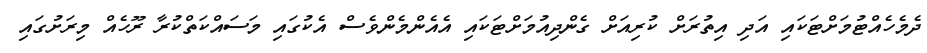
ދެމެހެއްޓުމަށްޓަކައި އަދި އިތުރަށް ކުރިއަށް ގެންދިއުމަށްޓަކައި އެއެންމެންވެސް އެކުގައި މަސައްކަތްކުރާ ރޫހެއް މިރަށުގައި